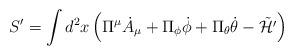
\begin{align*}S' = \int d^2 x\left( \Pi^\mu {\dot A}_\mu + \Pi_\phi {\dot \phi} + \Pi_\theta {\dot \theta}- \tilde{\cal H'}\right)\end{align*}